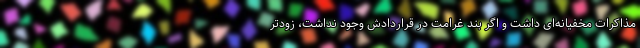
مذاکرات مخفیانه‌ای داشت و اگر بند غرامت در قراردادش وجود نداشت، زودتر